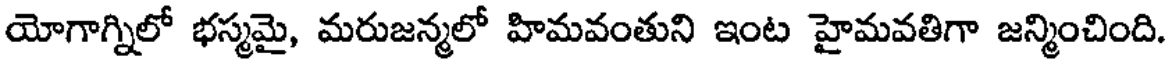
యోగాగ్నిలో భస్మమై, మరుజన్మలో హిమవంతుని ఇంట హైమవతిగా జన్మించింది